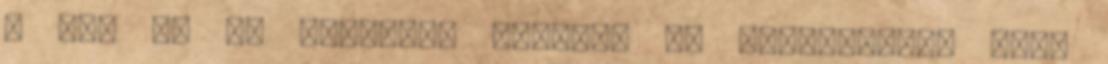
a Kr. e. 3. századra tehető. Az orphikusok, mint